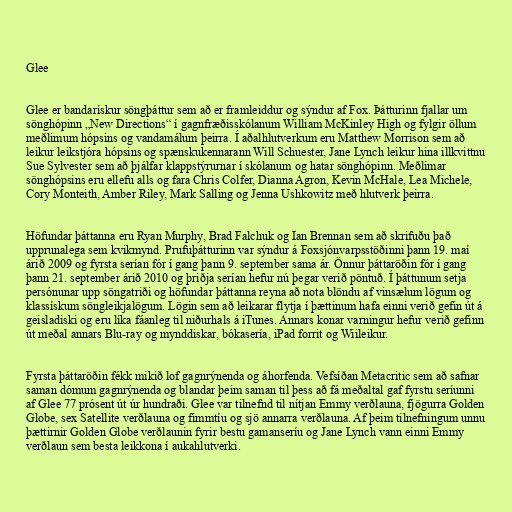
Glee

Glee er bandarískur söngþáttur sem að er framleiddur og sýndur af Fox. Þátturinn fjallar um
sönghópinn „New Directions“ í gagnfræðisskólanum William McKinley High og fylgir öllum
meðlimum hópsins og vandamálum þeirra. Í aðalhlutverkum eru Matthew Morrison sem að
leikur leikstjóra hópsins og spænskukennarann Will Schuester, Jane Lynch leikur hina illkvittnu
Sue Sylvester sem að þjálfar klappstýrurnar í skólanum og hatar sönghópinn. Meðlimar
sönghópsins eru ellefu alls og fara Chris Colfer, Dianna Agron, Kevin McHale, Lea Michele,
Cory Monteith, Amber Riley, Mark Salling og Jenna Ushkowitz með hlutverk þeirra.

Höfundar þáttanna eru Ryan Murphy, Brad Falchuk og Ian Brennan sem að skrifuðu það
upprunalega sem kvikmynd. Prufuþátturinn var sýndur á Foxsjónvarpsstöðinni þann 19. maí
árið 2009 og fyrsta serían fór í gang þann 9. september sama ár. Önnur þáttaröðin fór í gang
þann 21. september árið 2010 og þriðja serían hefur nú þegar verið pöntuð. Í þáttunum setja
persónunar upp söngatriði og höfundar þáttanna reyna að nota blöndu af vinsælum lögum og
klassískum söngleikjalögum. Lögin sem að leikarar flytja í þættinum hafa einni verið gefin út á
geisladiski og eru líka fáanleg til niðurhals á iTunes. Annars konar varningur hefur verið gefinn
út meðal annars Blu-ray og mynddiskar, bókasería, iPad forrit og Wiileikur.

Fyrsta þáttaröðin fékk mikið lof gagnrýnenda og áhorfenda. Vefsíðan Metacritic sem að safnar
saman dómum gagnrýnenda og blandar þeim saman til þess að fá meðaltal gaf fyrstu seríunni
af Glee 77 prósent út úr hundraði. Glee var tilnefnd til nítjan Emmy verðlauna, fjögurra Golden
Globe, sex Satellite verðlauna og fimmtíu og sjö annarra verðlauna. Af þeim tilnefningum unnu
þættirnir Golden Globe verðlaunin fyrir bestu gamanseríu og Jane Lynch vann einni Emmy
verðlaun sem besta leikkona í aukahlutverki.